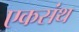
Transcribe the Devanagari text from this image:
एकसंथ